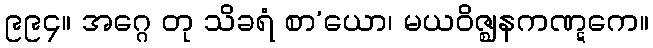
၉၉၄။ အဂ္ဂေ တု သိခရံ စာ’ယော၊ မယဝိဇ္ဈနကဏ္ဋကေ။